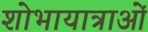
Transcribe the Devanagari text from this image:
शोभायात्राओं